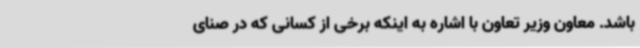
باشد. معاون وزیر تعاون با اشاره به اینکه برخی از کسانی که در صنای